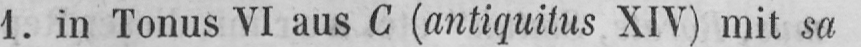
1. in Tonus VI aus C (antiquitus XIV) mit sa